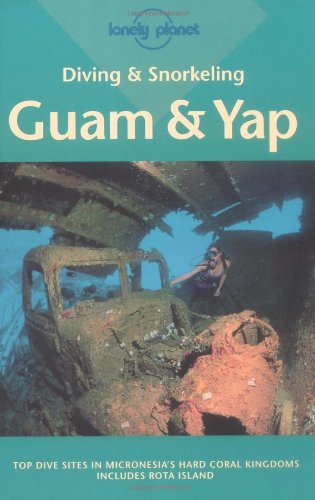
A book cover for Diving and Snorkeling: Guam & Yap (Diving & Snorkeling Guides - Lonely Planet); Tim Rock; Travel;